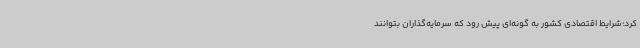
کرد؛شرایط اقتصادی کشور به گونه‌ای پیش رود که سرمایه‌گذاران بتوانند